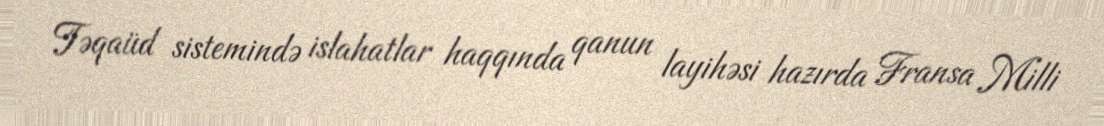
Təqaüd sistemində islahatlar haqqında qanun layihəsi hazırda Fransa Milli